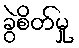
ခွဲစိတ်မှု